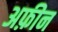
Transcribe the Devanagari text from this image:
अफ़ीन